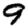
Digit: 9